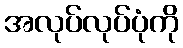
အလုပ်လုပ်ပုံကို